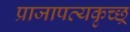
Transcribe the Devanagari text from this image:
प्राजापत्यकृच्छ्र